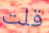
قلت